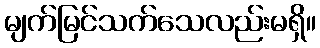
မျက်မြင်သက်သေလည်းမရှိ။